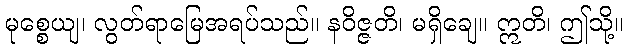
မုစ္စေယျ၊ လွတ်ရာမြေအရပ်သည်။ နဝိဇ္ဇတိ၊ မရှိချေ။ ဣတိ၊ ဤသို့။